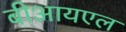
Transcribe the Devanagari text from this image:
बीआयएल